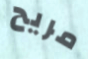
مريح